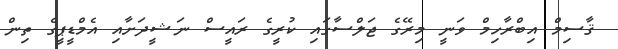
ޤާސިމް އިބްރާހިމް ވަނީ މިރޭގެ ޖަލްސާގައި ކުރީގެ ރައީސް ނަޝީދަށާއި އެމްޑީޕީގެ ތިން